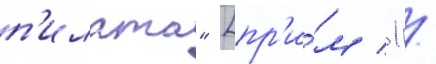
п'илата" [пр'и́м 1 /